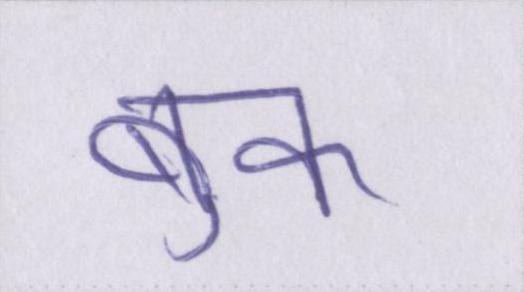
बुक